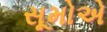
સૂમોએ